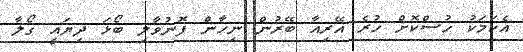
އެކަމަކު ހުސްކޮށް ހުރެ އޭރިއާ ބޭރުން ނިހާން ފޮނުވާލި ބޯޅަ ދިޔައީ ގޯލާ